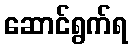
ဆောင်ရွက်ရ